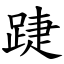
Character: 踕